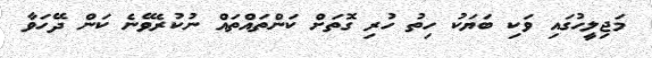
މަޖިލީހުގައި ވަކި ބަޔަކު ހިތު ހުރި ގޮތަށް ކަންތައްތައް ނުކުރެވޭނެ ކަން ދޭހަވާ